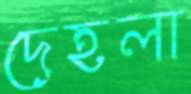
দেহলা